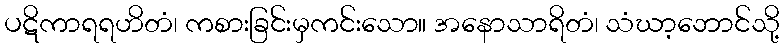
ပဋိကာရရဟိတံ၊ ကစားခြင်းမှကင်းသော။ အနောသာရိတံ၊ သံဃာ့ဘောင်သို့